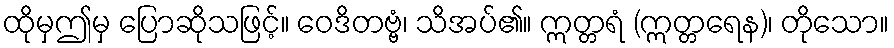
ထိုမှဤမှ ပြောဆိုသဖြင့်။ ဝေဒိတဗ္ဗံ၊ သိအပ်၏။ ဣတ္တရံ (ဣတ္တရေန)၊ တိုသော။